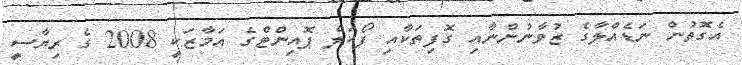
އެގޮތުން ނަޑެއްލާގެ ޒުވާނުންނާއި ގޮފިތަކާއި ފޯކަލް ޕޮއިންޓްގެ އަމާޒަކީ 2008 ގެ ރިޔާސީ